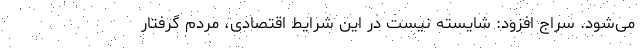
می‌شود. سراج افزود: شایسته نیست در این شرایط اقتصادی، مردم گرفتار